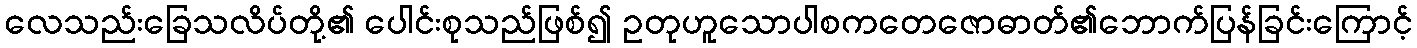
လေသည်းခြေသလိပ်တို့၏ ပေါင်းစုသည်ဖြစ်၍ ဥတုဟူသောပါစကတေဇောဓာတ်၏ဘောက်ပြန်ခြင်းကြောင့်